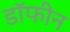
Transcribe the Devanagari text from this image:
डॉफीन